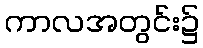
ကာလအတွင်း၌